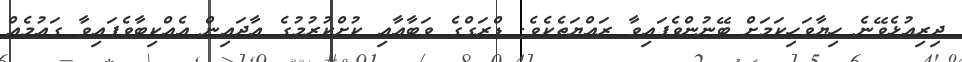
ދިރިއުޅެވޭނެ ހިޔާވަހިކަމަށް ބޭނުންވެފައިވާ ރައްޔަތެކެވެ. ޑްރަގްގެ ވަބާއާއި ކުށްކުރުމުގެ އާދައިން އެއްކިބާވެފައިވާ ގައުމެއް